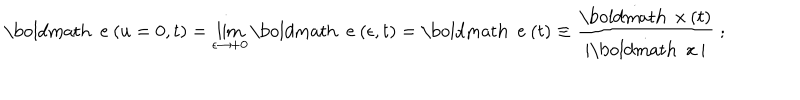
LaTeX: { \mathrm { \boldmath ~ e ~ } } ( u = 0 , t ) = \lim _ { \epsilon \rightarrow + 0 } { \mathrm { \boldmath ~ e ~ } } ( \epsilon , t ) = { \mathrm { \boldmath ~ e ~ } } ( t ) \equiv \frac { \dot { \mathrm { \boldmath ~ x ~ } } ( t ) } { | \dot { \mathrm { \boldmath ~ x ~ } } | } \; ;